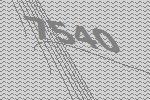
7540